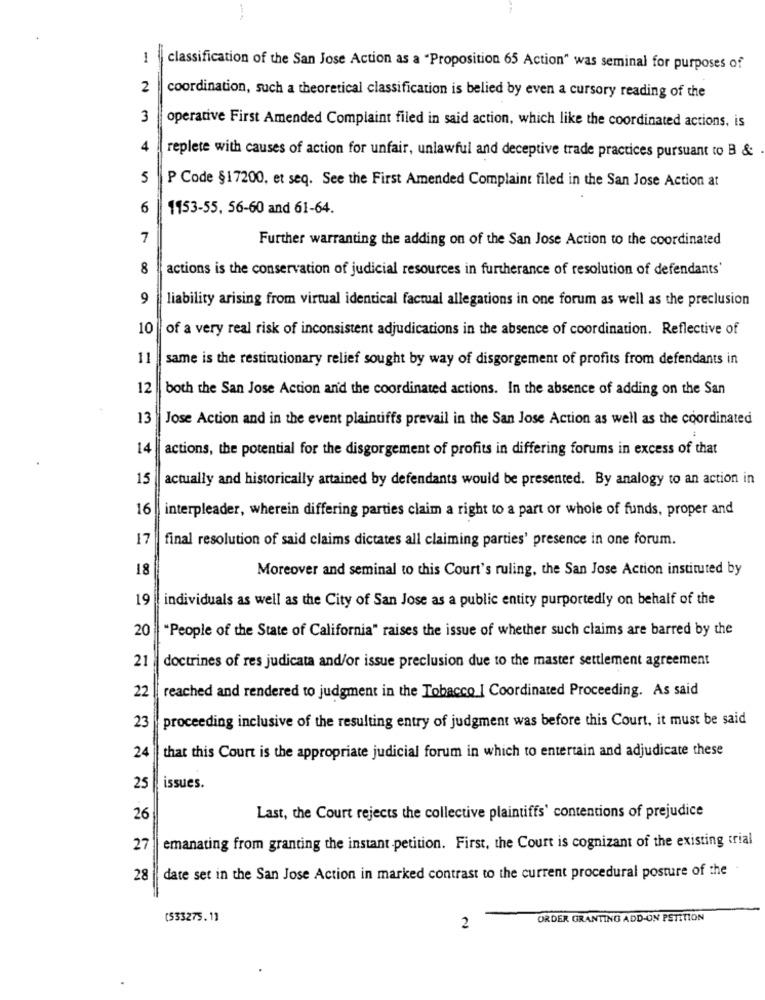
1
classification of the San Jose Action as a "Proposition 65 Action" was seminal for purposes of
2
coordination, such a theoretical classification is belied by even a cursory reading of the
3
operative First Amended Complaint filed in said action, which like the coordinated actions, is
4
replete with causes of action for unfair, unlawful and deceptive trade practices pursuant to B &
5
P Code §17200, et seq. See the First Amended Complaint filed in the San Jose Action at
6
1153-55, 56-60 and 61-64.
7
Further warranting the adding on of the San Jose Action to the coordinated
8
actions is the conservation of judicial resources in furtherance of resolution of defendants'
9
liability arising from virtual identical factual allegations in one forum as well as the preclusion
10
of a very real risk of inconsistent adjudications in the absence of coordination. Reflective of
11
same is the restitutionary relief sought by way of disgorgement of profits from defendants in
12
both the San Jose Action and the coordinated actions. In the absence of adding on the San
13
Jose Action and in the event plaintiffs prevail in the San Jose Action as well as the coordinated
14
actions, the potential for the disgorgement of profits in differing forums in excess of that
15
actually and historically artained by defendants would be presented. By analogy to an action in
16
interpleader, wherein differing parties claim a right to a part or whole of funds, proper and
17
final resolution of said claims dictates all claiming parties' presence in one forum.
18
Moreover and seminal to this Court's ruling, the San Jose Action instituted by
19
individuals as well as the City of San Jose as a public entity purportedly on behalf of the
20
"People of the State of California" raises the issue of whether such claims are barred by the
21
doctrines of res judicata and/or issue preclusion due to the master settlement agreement
reached and rendered to judgment in the Tobacco | Coordinated Proceeding. As said
22
23
proceeding inclusive of the resulting entry of judgment was before this Court, it must be said
24
that this Court is the appropriate judicial forum in which to entertain and adjudicate these
25
issues.
26
Last, the Court rejects the collective plaintiffs' contentions of prejudice
27
emanating from granting the instant petition. First, the Court is cognizant of the existing trial
28
date set in the San Jose Action in marked contrast to the current procedural posture of the
(533275.1]
ORDER GRANTING ADD-ON PETITION
2